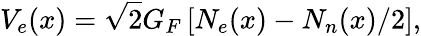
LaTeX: V_{e}(x)=\sqrt{2}G_{F}\left[N_{e}(x)-N_{n}(x)/2\right],